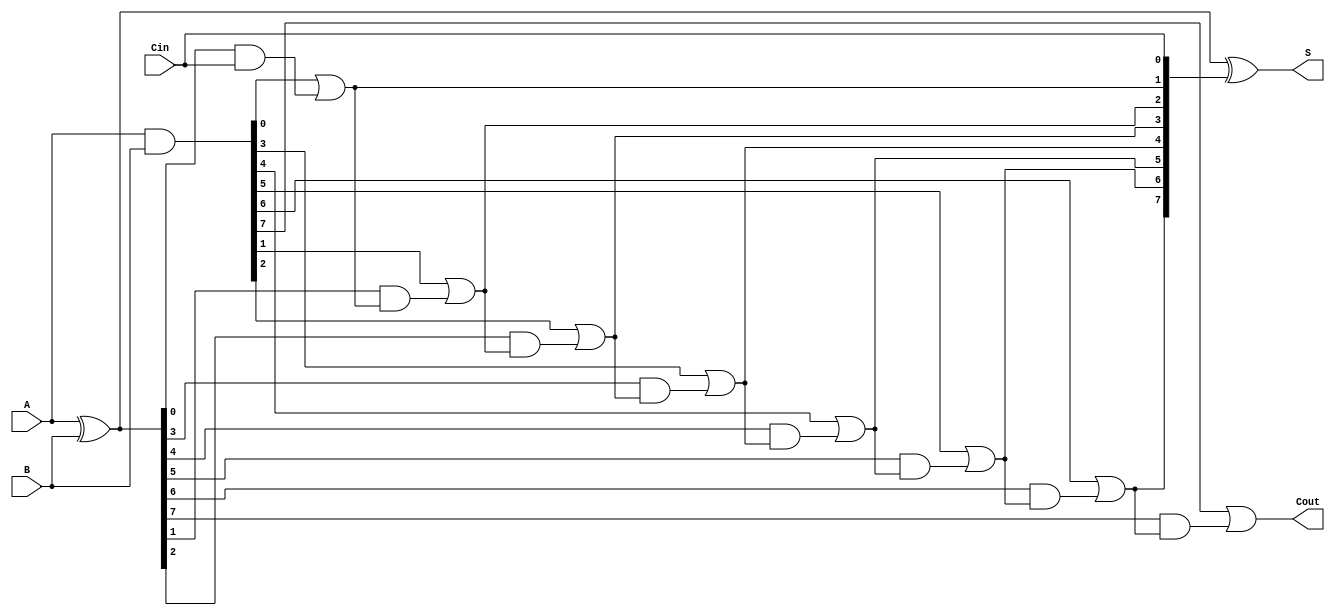
module Sklansky_Adder #(
    parameter N = 8 // Width of the adder
)(
    input [N-1:0] A,      // First input
    input [N-1:0] B,      // Second input
    input Cin,            // Carry-in
    output [N-1:0] S,     // Sum output
    output Cout           // Carry-out
);

    // Generate and Propagate signals
    wire [N-1:0] G; // Generate signals
    wire [N-1:0] P; // Propagate signals
    wire [N:0] C;    // Carry signals

    // Calculate Generate and Propagate signals
    assign G = A & B;         // G_i = A_i * B_i
    assign P = A ^ B;         // P_i = A_i XOR B_i

    // Carry generation
    assign C[0] = Cin; // Initial carry-in

    genvar i;
    generate
        for (i = 0; i < N; i = i + 1) begin : carry_generation
            if (i == 0) begin
                assign C[i+1] = G[i] | (P[i] & C[i]); // C_1 = G_0 + P_0 * C_in
            end else begin
                assign C[i+1] = G[i] | (P[i] & C[i]); // C_(i+1) = G_i + P_i * C_i
            end
        end
    endgenerate

    // Sum calculation
    assign S = P ^ C[N-1:0]; // S_i = P_i XOR C_i

    // Carry-out
    assign Cout = C[N]; // Final carry-out

endmodule